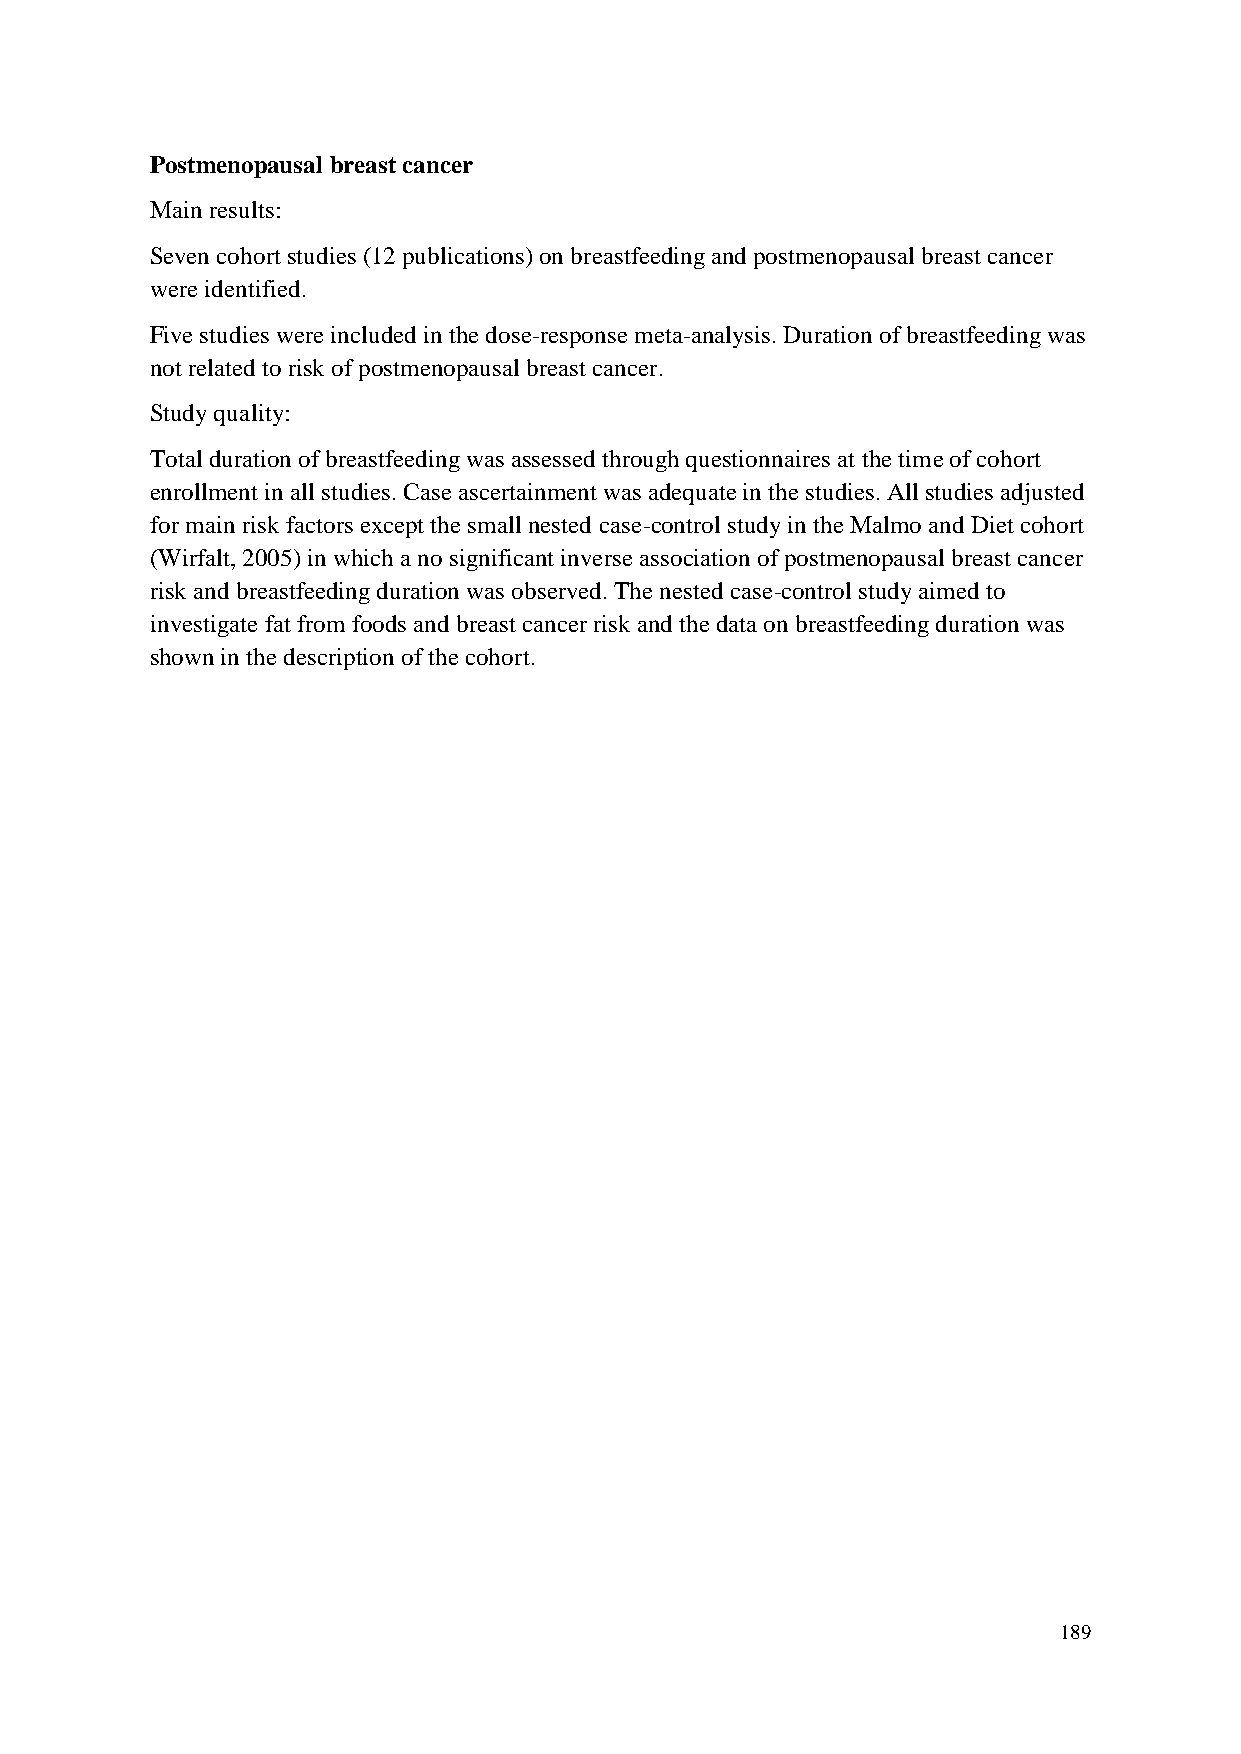
Postmenopausal breast cancer
 Main results:
 Seven cohort studies (12 publications) on breastfeeding and postmenopausal breast cancer
 were identified.
 Five studies were included in the dose-response meta-analysis. Duration of breastfeeding was
 not related to risk of postmenopausal breast cancer.
 Study quality:
 Total duration of breastfeeding was assessed through questionnaires at the time of cohort
 enrollment in all studies. Case ascertainment was adequate in the studies. All studies adjusted
 for main risk factors except the small nested case-control study in the Malmo and Diet cohort
 (Wirfalt, 2005) in which a no significant inverse association of postmenopausal breast cancer
 risk and breastfeeding duration was observed. The nested case-control study aimed to
 investigate fat from foods and breast cancer risk and the data on breastfeeding duration was
 shown in the description of the cohort.
 189